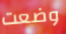
وضعت